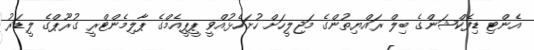
އެންޓި ޑިފެކްޝަންގެ ބިލް ރައްޔިތުންގެ މަޖިލީހަށް ހުށަހެޅުއްވީ ޕީޕީއެމްގެ ޕާލިމެންޓްރީ ގުރޫޕްގެ ލީޑަރު